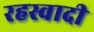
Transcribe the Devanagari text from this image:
रहस्वादी